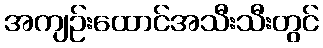
အကျဉ်းထောင်အသီးသီးတွင်